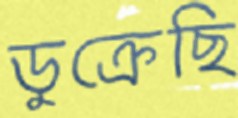
ডুক্‌রেছি